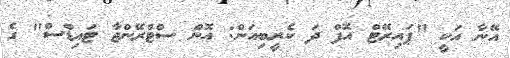
އޭނާ އަކީ "ޕައިރޭޓް އޮފް ދަ ކެރީބިއަން: އޮން ސްޓްރޭންޖާ ޓައިޑްސް" ގެ